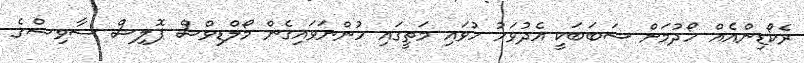
ރެކޯޑިންއެއް ހޯދުމަށް ސަބަބަކީ އެދުވަހު ހުވައި މަތީގައި ހުންނަވައިގެން މޯލްޑިވްސް ޕޮލިސް ސާވިސްގެ